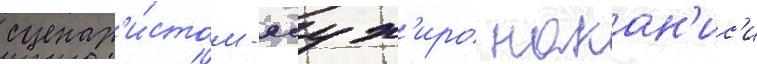
сценар'и́стом - ясух'иро накан'ис'и